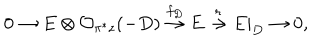
0 \rightarrow E \otimes { \cal O } _ { \pi ^ { * } z } ( - D ) \stackrel { f _ { D } } { \rightarrow } E \stackrel { r } { \rightarrow } E | _ { D } \rightarrow 0 ,